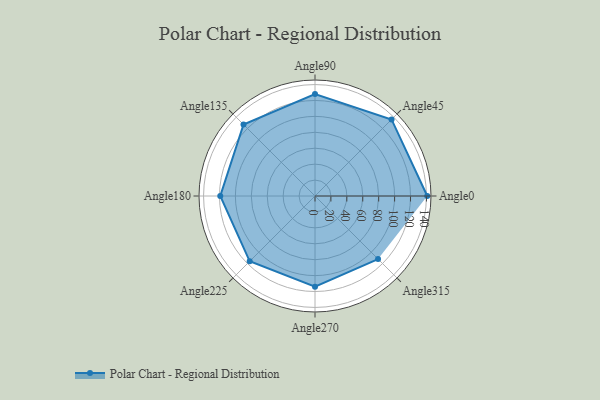
{"axis": {"x": "Angle", "y": "Radius"}, "legend": [""], "data": [{"x": "Angle0", "y": 141.0, "type": ""}, {"x": "Angle45", "y": 136.0, "type": ""}, {"x": "Angle90", "y": 128.0, "type": ""}, {"x": "Angle135", "y": 127.0, "type": ""}, {"x": "Angle180", "y": 119.0, "type": ""}, {"x": "Angle225", "y": 116.0, "type": ""}, {"x": "Angle270", "y": 114.0, "type": ""}, {"x": "Angle315", "y": 112.0, "type": ""}]}